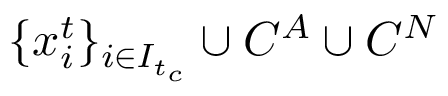
\{ x _ { i } ^ { t } \} _ { i \in I _ { t _ { c } } } \cup C ^ { A } \cup C ^ { N }